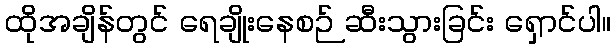
ထိုအချိန်တွင် ရေချိုးနေစဉ် ဆီးသွားခြင်း ရှောင်ပါ။